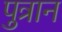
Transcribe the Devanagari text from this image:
पुत्रान